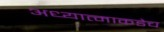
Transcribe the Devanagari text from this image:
अध्यात्माकडेच